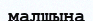
малшына